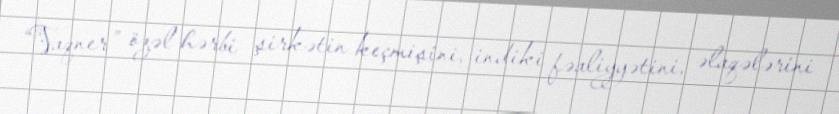
“Vaqner” özəl hərbi şirkətin keçmişini, indiki fəaliyyətini, əlaqələrini